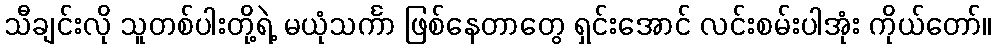
သီချင်းလို သူတစ်ပါးတို့ရဲ့ မယုံသင်္ကာ ဖြစ်နေတာတွေ ရှင်းအောင် လင်းစမ်းပါအုံး ကိုယ်တော်။